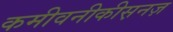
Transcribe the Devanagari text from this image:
कमीवनीकीस़नज़